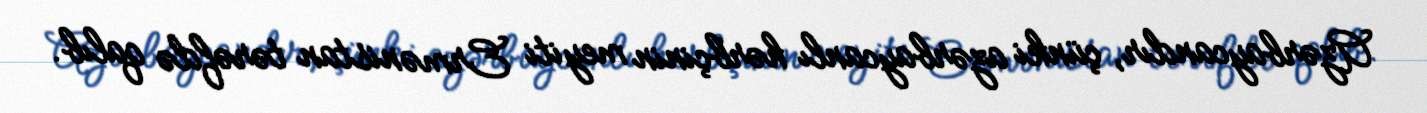
Azərbaycandır, çünki azərbaycanlı hərbçinin meyiti Ermənistan tərəfdə qalıb.